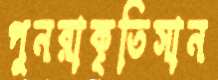
পুনরাকৃতিসান